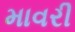
માવરી